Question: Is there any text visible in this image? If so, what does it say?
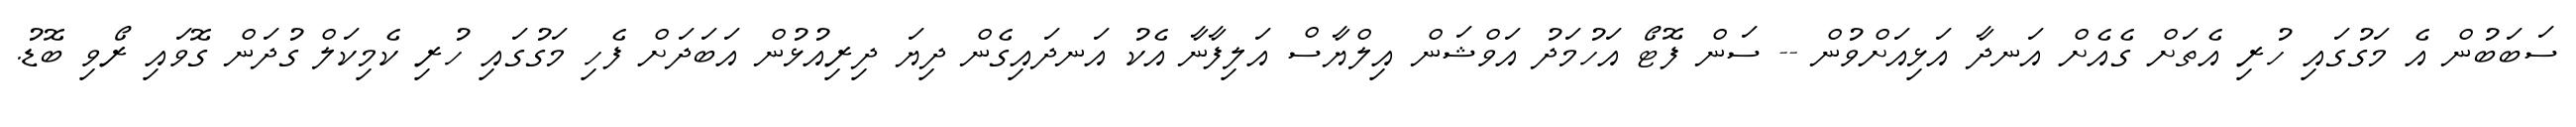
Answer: ސަބަބުން އެ މަގުގައި ހުރި އެތަށް ގެއެށް އަނދާ އަޅިއަށްވުން -- ސަން ފޮޓޯ އަހުމަދު އަވްޝަން އިލްޔާސް އަލިފާނާ އެކު އަނދައިގެން ދިޔަ ދިރިއުޅުން އަބަދަށް ފެހި މަގުގައި ހުރި ކެމިކަލް ގުދަން ގޮވައި ރޯވި ބޮޑު.